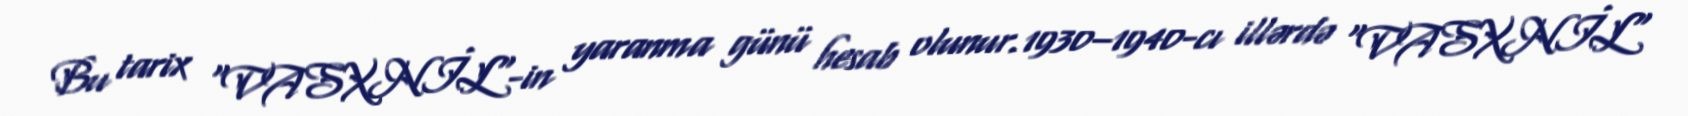
Bu tarix "VASXNİL"-in yaranma günü hesab olunur.1930–1940-cı illərdə "VASXNİL"